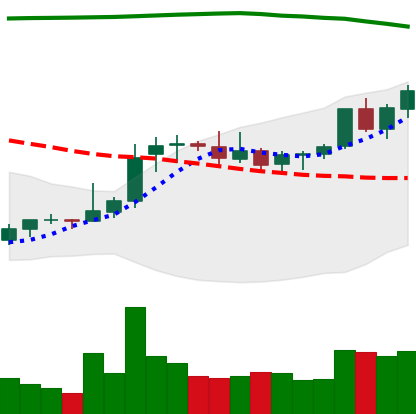
Ticker: XRP-USD
Chart end date: 2021-08-10
Forward return: 51.326%
Label: up_7plus